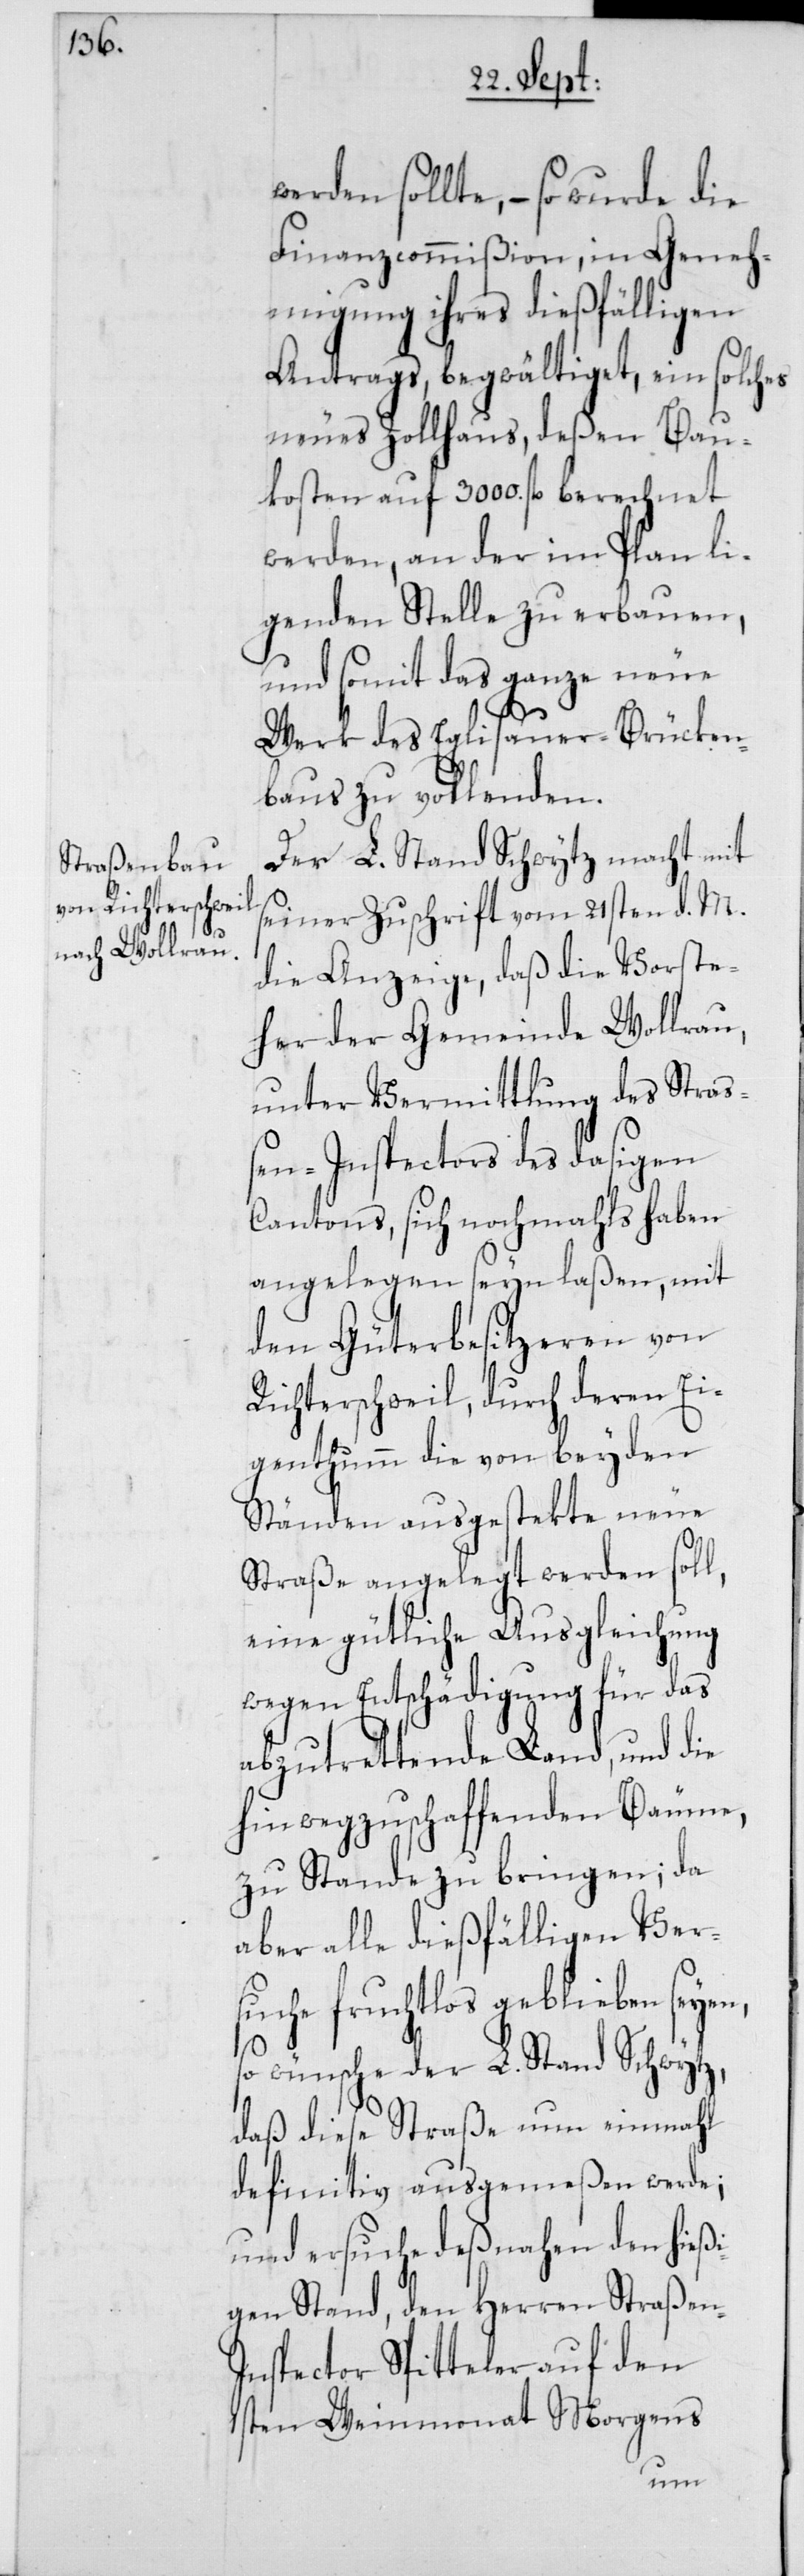
werden sollte, – so wurde die
Finanzcommißion, in Geneh¬
migung ihres dießfälligen
Antrags, begwältiget, ein solches
neues Zollhaus, deßen Bau¬
kosten auf 3000. fl. berechnet
werden, an der im Plan li¬
genden Stelle zu erbauen,
und somit das ganze neue
Werk des Eglisauer-Brücken¬
baus zu vollenden.
Der L. Stand Schwytz macht mit
seiner Zuschrift vom 21sten d. M.
die Anzeige, daß die Vorste¬
her der Gemeinde Wollrau,
unter Vermittlung des Stra¬
ßen-Inspectors des dasigen
Cantons, sich nochmahls haben
angelegen seyn laßen, mit
den Güterbesitzeren von
Richterschweil, durch deren Ei¬
genthumm die von beyden
Ständen ausgestekte neue
Straße angelegt werden sol¬
eine gütliche Ausgleichung
wegen Entschädigung für das
abzutrettende Land, und die
hinwegzuschaffenden Bäume,
zu Stande zu bringen; da
aber alle dießfälligen Ver¬
suche fruchtlos geblieben seyen,
so wünsche der L. Stand Schwytz,
daß diese Straße nun einmahl
definitiv ausgemeßen werde;
und ersuche deßnahen den hießi¬
gen Stand, den Herren Straßen-I¬
nspector Spitteler auf den
1sten Weinmonat Morgens
l,